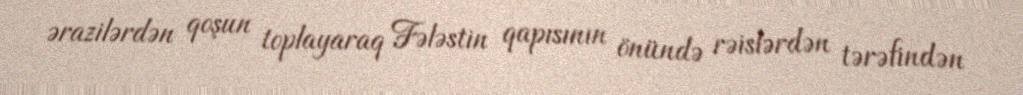
ərazilərdən qoşun toplayaraq Fələstin qapısının önündə rəislərdən tərəfindən